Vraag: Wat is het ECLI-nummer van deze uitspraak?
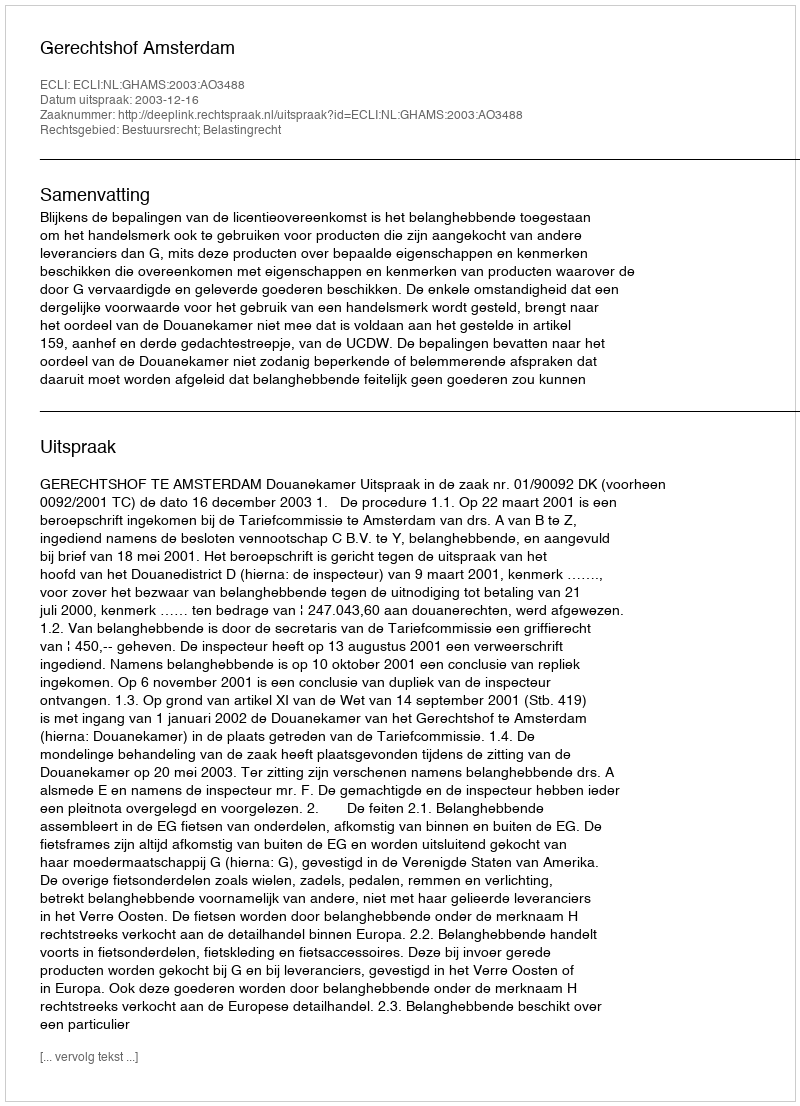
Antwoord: ECLI:NL:GHAMS:2003:AO3488